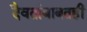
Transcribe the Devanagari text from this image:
दैवतांबाबतही